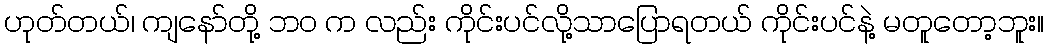
ဟုတ်တယ်၊ ကျနော်တို့ ဘ၀ က လည်း ကိုင်းပင်လို့သာပြောရတယ် ကိုင်းပင်နဲ့ မတူတော့ဘူး။